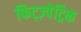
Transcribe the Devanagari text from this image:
फिट्ज़्पेट्रिक